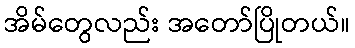
အိမ်တွေလည်း အတော်ပြိုတယ်။